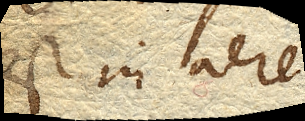
est in aere